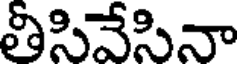
తీసివేసినా